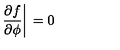
\left. { \frac { \partial f } { \partial \phi } } \right| { \mathrm { \raisebox { - 1 . 7 e x } { { \tiny { \! \phi ' } } } } } = 0